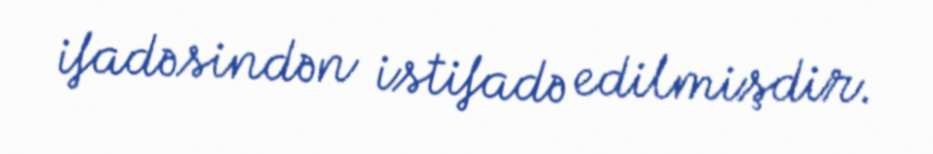
ifadəsindən istifadə edilmişdir.